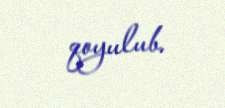
qoyulub.